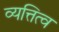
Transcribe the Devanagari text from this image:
व्यत्तित्व